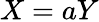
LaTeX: X=aY